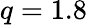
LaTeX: q=1.8